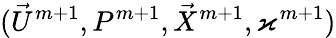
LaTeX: (\vec{U}^{m+1},P^{m+1},\vec{X}^{m+1},\varkappa^{m+1})